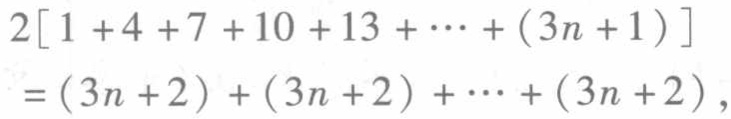
\[

\begin{align*}

&2[1 + 4+7 + 10+13+\cdots+(3n + 1)]\\

=&(3n + 2)+(3n + 2)+\cdots+(3n + 2),

\end{align*}

\]